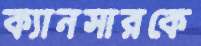
ক্যানসারকে